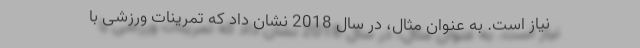
نیاز است. به عنوان مثال، در سال 2018 نشان داد که تمرینات ورزشی با